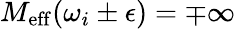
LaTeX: M_{\mathrm{eff}}(\omega_{i}\pm\epsilon)=\mp\infty